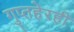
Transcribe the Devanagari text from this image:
गुप्तहेरही